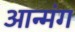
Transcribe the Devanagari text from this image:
आन्मंग